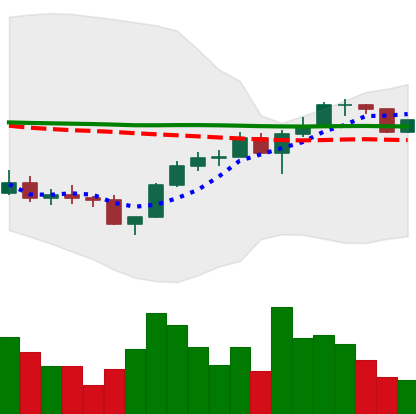
Ticker: LINK-USD
Chart end date: 2022-12-04
Forward return: -7.89%
Label: down_7plus